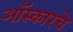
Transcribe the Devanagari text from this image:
ऑस्कारचे